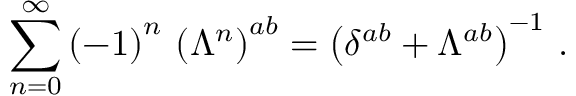
\sum _ { n = 0 } ^ { \infty } \left( - 1 \right) ^ { n } \, \left( \Lambda ^ { n } \right) ^ { a b } = \left( \delta ^ { a b } + \Lambda ^ { a b } \right) ^ { - 1 } \, .